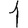
Digit: 1